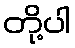
တို့ပါ